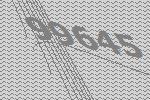
99645